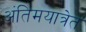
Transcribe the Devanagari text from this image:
अंतिमयात्रेत